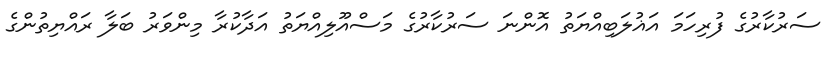
ސަރުކާރުގެ ފުރިހަމަ އަޣުލަބިއްޔަތު އޮންނަ ސަރުކާރުގެ މަސްއޫލިއްޔަތު އަދާކުރާ މިންވަރު ބަލާ ރައްޔިތުންގެ